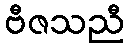
ဗီဇသညီ